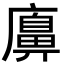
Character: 𢋛